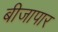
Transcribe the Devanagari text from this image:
बीजापार